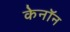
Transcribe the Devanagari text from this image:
केनॉन